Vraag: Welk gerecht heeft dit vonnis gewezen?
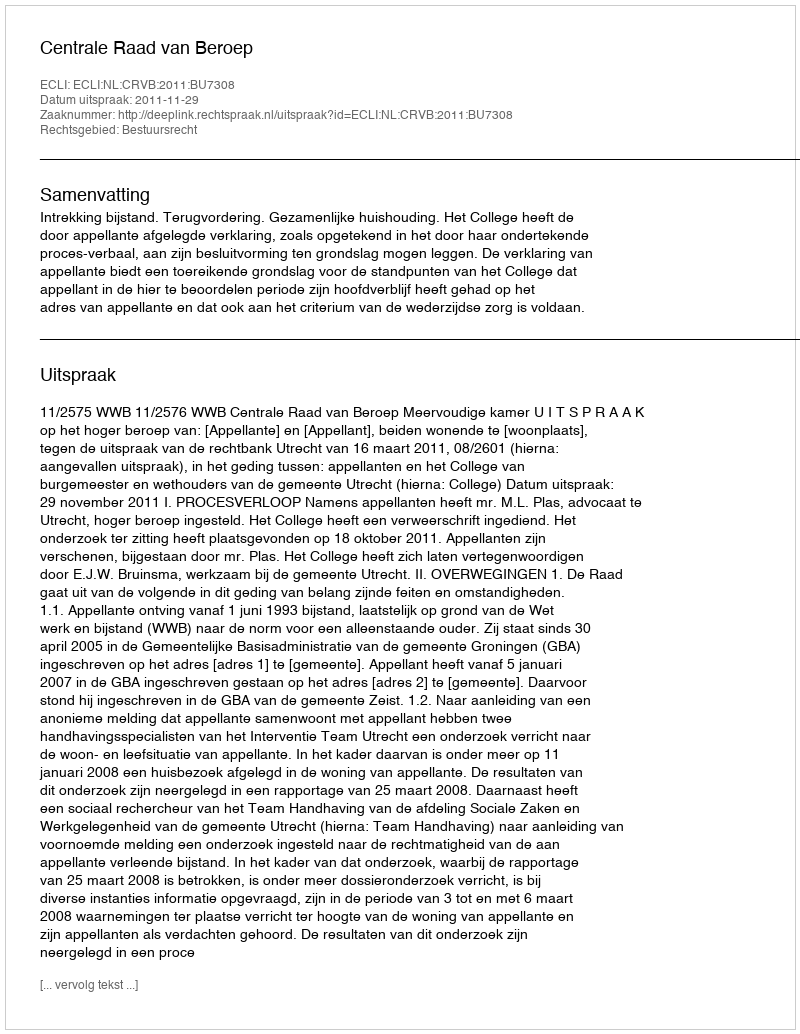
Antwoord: Centrale Raad van Beroep